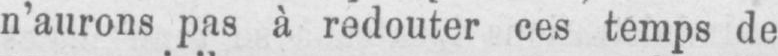
n’aurons pas à redouter ces temps de